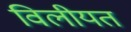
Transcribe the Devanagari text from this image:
विलीयत